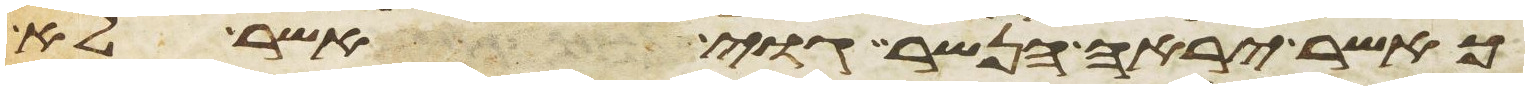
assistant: כאשר יראה הנשר גוי אשר לא